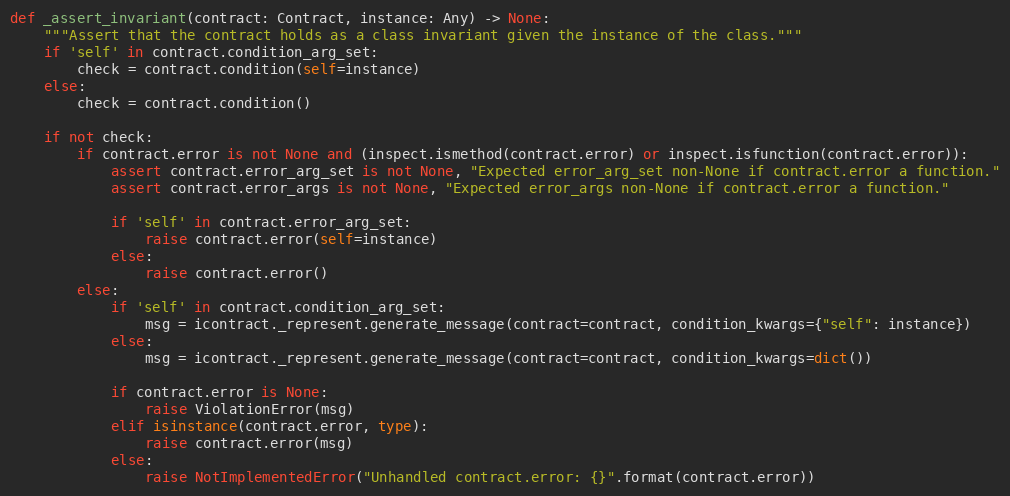
Language: Python
def _assert_invariant(contract: Contract, instance: Any) -> None:
    """Assert that the contract holds as a class invariant given the instance of the class."""
    if 'self' in contract.condition_arg_set:
        check = contract.condition(self=instance)
    else:
        check = contract.condition()

    if not check:
        if contract.error is not None and (inspect.ismethod(contract.error) or inspect.isfunction(contract.error)):
            assert contract.error_arg_set is not None, "Expected error_arg_set non-None if contract.error a function."
            assert contract.error_args is not None, "Expected error_args non-None if contract.error a function."

            if 'self' in contract.error_arg_set:
                raise contract.error(self=instance)
            else:
                raise contract.error()
        else:
            if 'self' in contract.condition_arg_set:
                msg = icontract._represent.generate_message(contract=contract, condition_kwargs={"self": instance})
            else:
                msg = icontract._represent.generate_message(contract=contract, condition_kwargs=dict())

            if contract.error is None:
                raise ViolationError(msg)
            elif isinstance(contract.error, type):
                raise contract.error(msg)
            else:
                raise NotImplementedError("Unhandled contract.error: {}".format(contract.error))